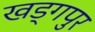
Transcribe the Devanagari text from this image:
खड्‍गपुर